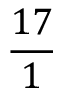
\frac { 1 7 } { 1 }